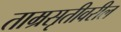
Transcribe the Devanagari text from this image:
ताम्रसृतीवरील